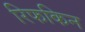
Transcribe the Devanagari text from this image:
रिफकिन